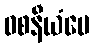
ဝစနီယံပေ